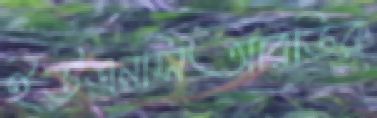
ইউএনসিআরডির